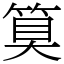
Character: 𮅕